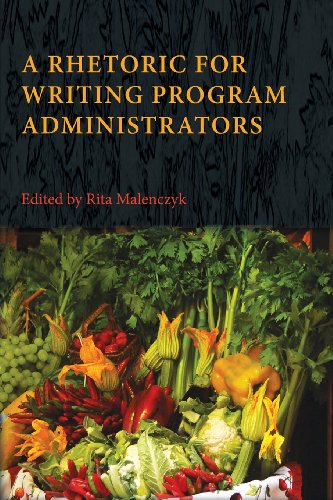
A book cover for A Rhetoric for Writing Program Administrators (Writing Program Administration); Education & Teaching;